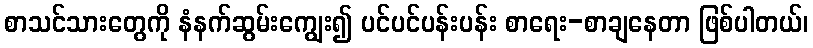
စာသင်သားတွေကို နံနက်ဆွမ်းကျွေး၍ ပင်ပင်ပန်းပန်း စာရေး-စာချနေတာ ဖြစ်ပါတယ်၊